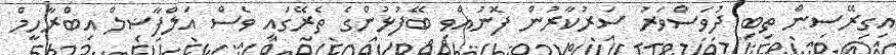
އިގިރޭސިން ތިބި ދުވަސްވަރު ސަރުކާރުން ފޮނުއްވި ބޭފުޅުންގެ ތެރޭގައި ވެސް އަލްފާޟިލް އިބްރާހީމް